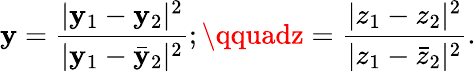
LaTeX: \mathbf{y}=\frac{{|\mathbf{y}_{1}-\mathbf{y}_{2}|^{2}}}{{|\mathbf{y}_{1}-{\bar{{\mathbf{y}}}_{2}}|^{2}}};\qquadz=\frac{{|z_{1}-z_{2}|^{2}}}{{|z_{1}-{\bar{{z}}_{2}}|^{2}}}.